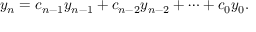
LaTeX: y _ { n } = c _ { n - 1 } y _ { n - 1 } + c _ { n - 2 } y _ { n - 2 } + \cdots + c _ { 0 } y _ { 0 } .